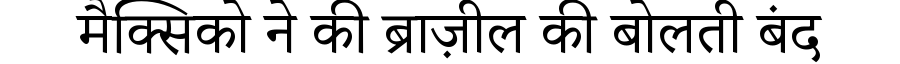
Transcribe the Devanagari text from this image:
मैक्सिको ने की ब्राज़ील की बोलती बंद